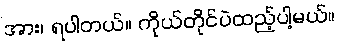
အား၊ ရပါတယ်။ ကိုယ်တိုင်ပဲထည့်ပါ့မယ်။